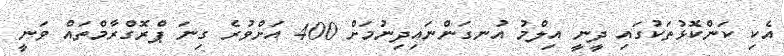
އެކި ކަންކޮޅުތަކުގައި ދީނީ އިލްމު އުނގަންނައިދިނުމަށް 400 އަށްވުރެ ގިނަ ޕްރޮގްރާމްތައް ވަނީ